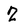
Character: 2